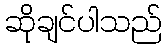
ဆိုချင်ပါသည်